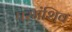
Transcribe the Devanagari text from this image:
परमंशिव